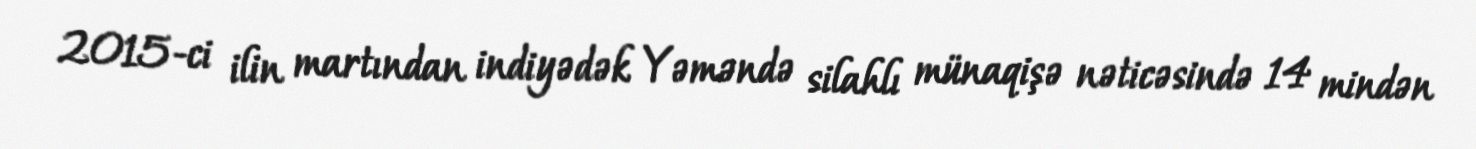
2015-ci ilin martından indiyədək Yəməndə silahlı münaqişə nəticəsində 14 mindən